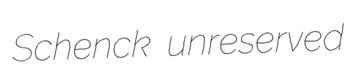
Schenck unreserved